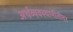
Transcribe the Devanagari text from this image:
अर्थव्यवस्थानीतीवर